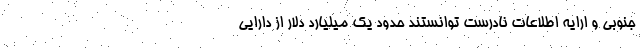
جنوبی و ارایه اطلاعات نادرست توانستند حدود یک میلیارد دلار از دارایی